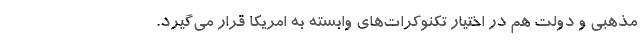
مذهبي و دولت هم در اختيار تكنوكرات‌هاي وابسته به امريكا قرار مي‌گيرد.